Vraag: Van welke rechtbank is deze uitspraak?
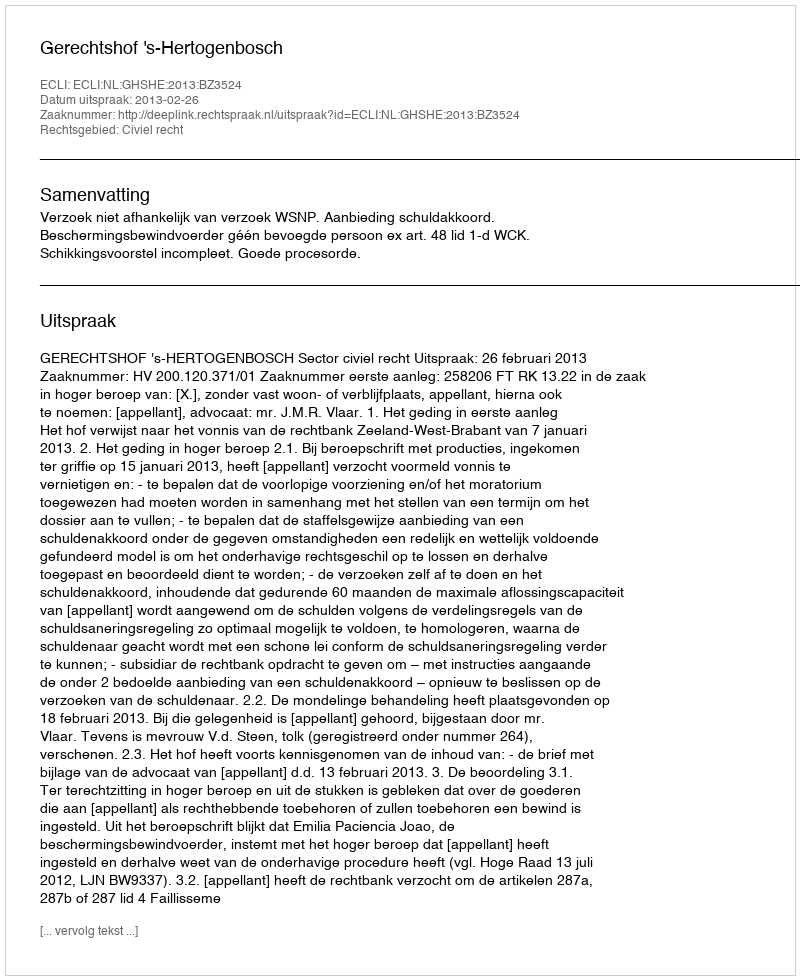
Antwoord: Gerechtshof 's-Hertogenbosch